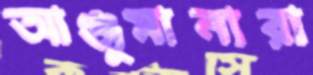
আঞ্জুমানারা